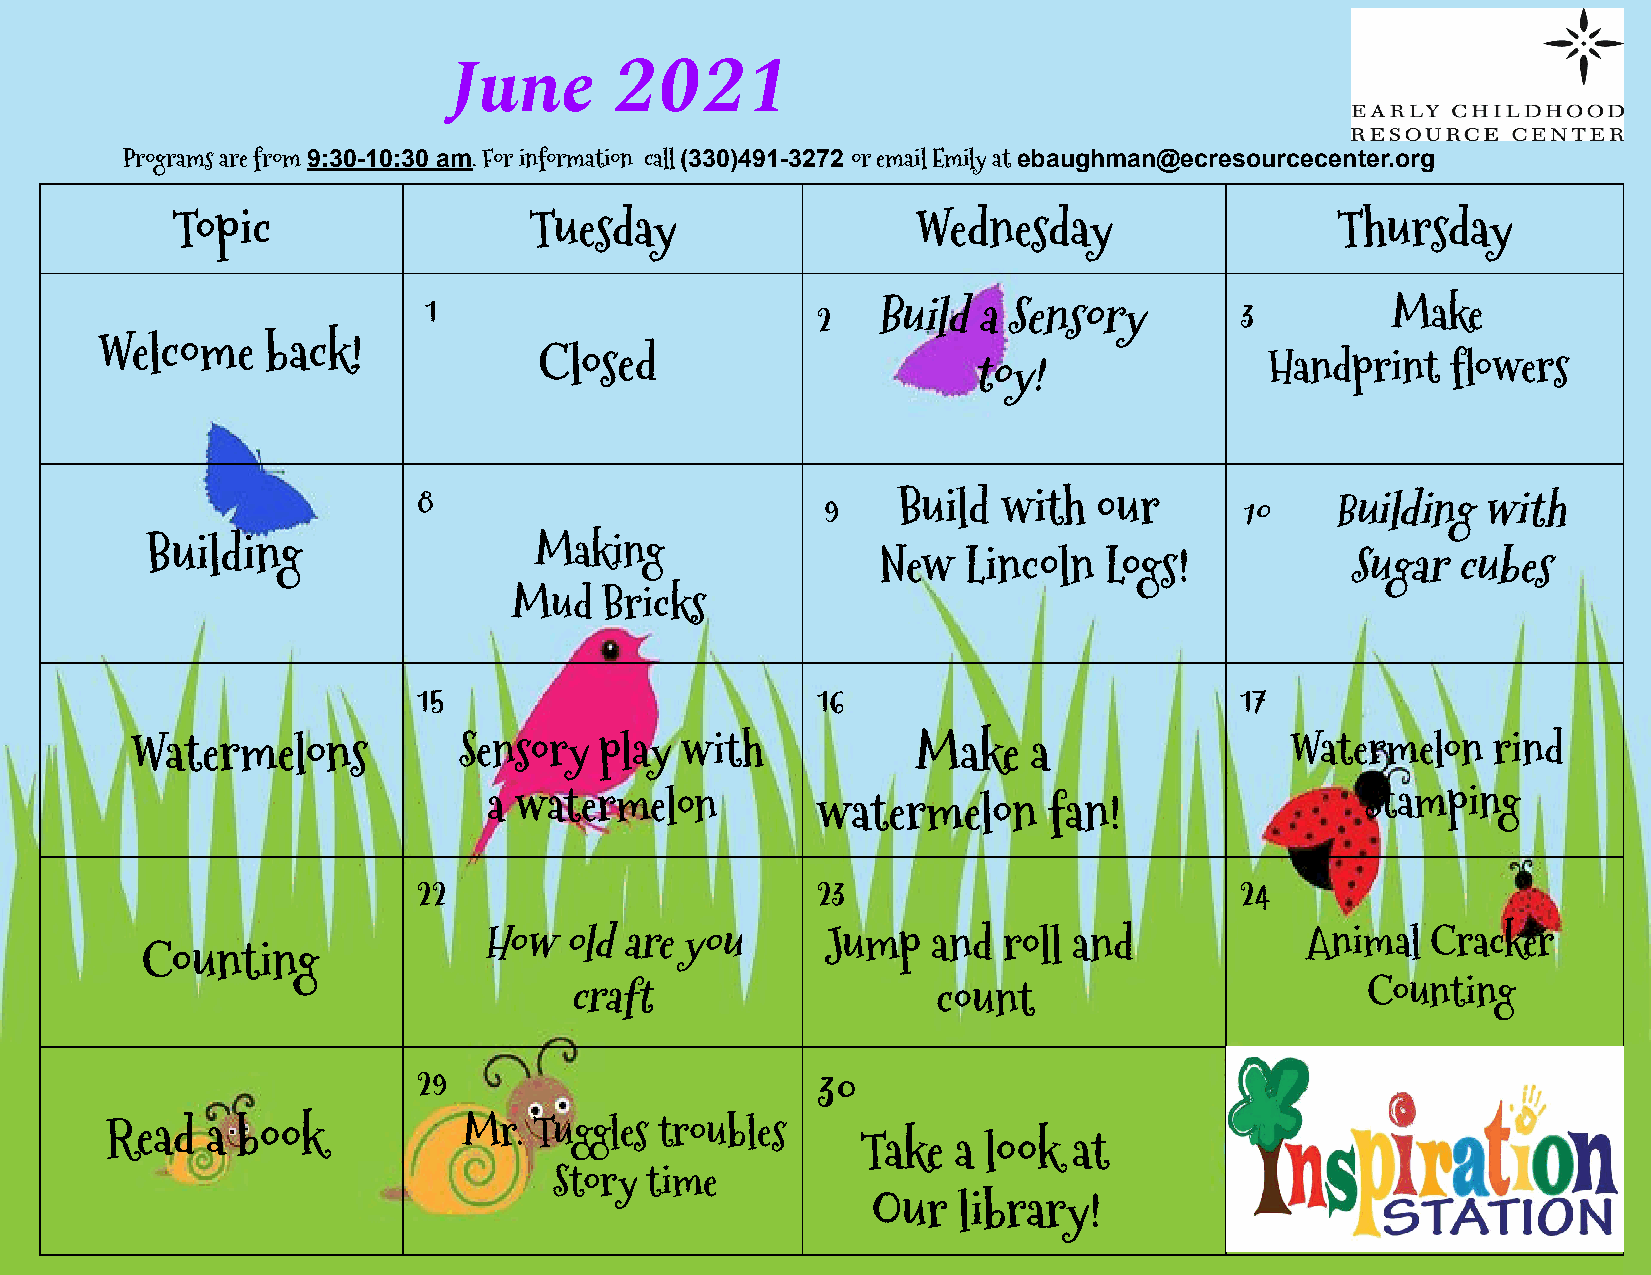
June       2021
 Programs are from 9:30-10:30 am. For information call (330)491-3272 or email Emily at ebaughman@ecresourcecenter.org
 Topic                   Tuesday                   Wednesday                  Thursday
 1                         2   Build  a Sensory        3         Make
 Welcome     back!
 Closed                      toy!                Handprint   flowers
 8                          9   Build  with   our      10    Building  with
 Building                 Making
 New   Lincoln  Logs!           Sugar  cubes
 Mud   Bricks
 15                        16                          17
 Watermelons          Sensory   play with            Make   a                Watermelon    rind
 a watermelon          watermelon     fan!                 Stamping
 22                        23                          24
 How  old are you       Jump   and roll and            Animal   Cracker
 Counting
 craft                   count                        Counting
 29                        30                          `
 Read   a book           Mr. Tuggles  troubles
 Take  a look  at
 Story time
 Our  library!